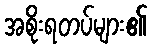
အစိုးရတပ်များ၏